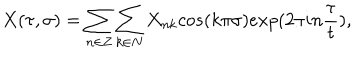
LaTeX: X ( \tau , \sigma ) = \sum _ { n \in Z } \sum _ { k \in N } X _ { n k } c o s ( k \pi \sigma ) e x p ( 2 \pi i n \frac { \tau } { t } ) ,